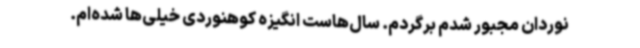
نوردان مجبور شدم برگردم. سال‌هاست انگیزه کوهنوردی خیلی‌ها شده‌ام.